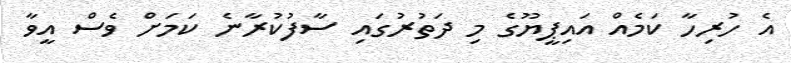
އެ ހުރިހާ ކަމެއް އައިޕީޔޫގެ މި ދަތުރުގައި ސާފުކުރާނެ ކަމަށް ވެސް އީވާ